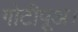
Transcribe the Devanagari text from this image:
गोटीपूअ।